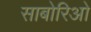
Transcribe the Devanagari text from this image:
साबोरिओ